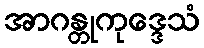
အာဂန္တုကုဒ္ဒေသံ